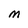
Character: M